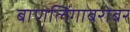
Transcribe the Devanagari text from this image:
बाणलिंगाबरोबर